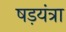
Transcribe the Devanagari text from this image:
षड़यंत्रा